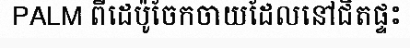
PALM ពីដេប៉ូចែកចាយដែលនៅជិតផ្ទះ